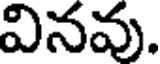
వినవు.